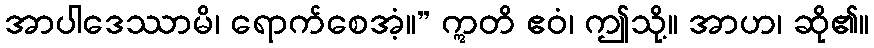
အာပါဒေဿာမိ၊ ရောက်စေအံ့။” ဣတိ ဧဝံ၊ ဤသို့။ အာဟ၊ ဆို၏။